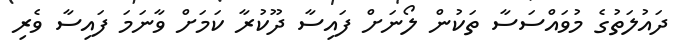
ދައުލަތުގެ މުވައްސަސާ ތަކުން ލޯނަށް ފައިސާ ދޫކުރާ ކަމަށް ވާނަމަ ފައިސާ ވެރި